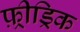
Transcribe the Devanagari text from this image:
फ़्रीड्रिक